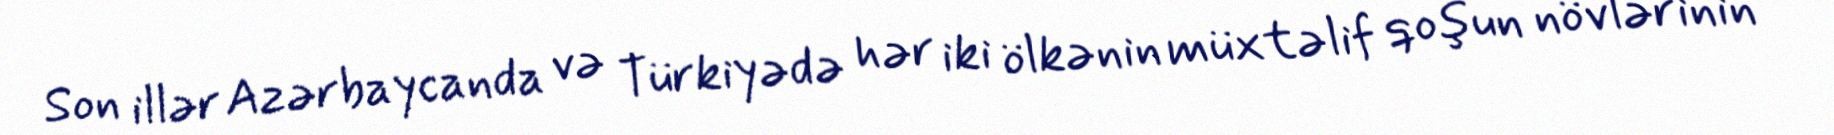
Son illər Azərbaycanda və Türkiyədə hər iki ölkənin müxtəlif qoşun növlərinin